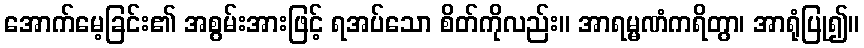
အောက်မေ့ခြင်း၏ အစွမ်းအားဖြင့် ရအပ်သော စိတ်ကိုလည်း။ အာရမ္မဏံကရိတွာ၊ အာရုံပြု၍။